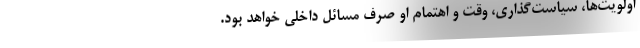
اولویت­‌ها، سیاست‌گذاری، وقت و اهتمام او صرف مسائل داخلی خواهد بود.